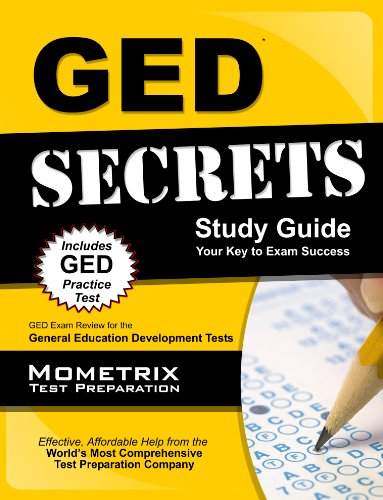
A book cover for GED Secrets Study Guide: GED Exam Review for the General Educational Development Tests (Mometrix Secrets Study Guides); GED Exam Secrets Test Prep Team; Test Preparation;